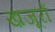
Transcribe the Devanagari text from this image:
ख़जूरों